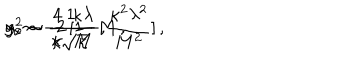
\: g _ { c } ^ { 2 } \sim \frac { 4 } { \kappa } \, [ 1 - \frac { \kappa ^ { 2 } \lambda ^ { 2 } } { M ^ { 2 } } ] \, , \hspace { 0 . 5 c m } y _ { 0 } \sim \frac { 1 } { \kappa \sqrt { \kappa } \, } \, M \, , \hspace { 0 . 5 c m } \alpha \sim - 2 \, \frac { \kappa \lambda } { M } \, , \: